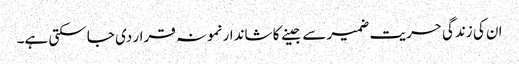
ان کی زندگی حریت ضمیر سے جینے کا شاندار نمونہ قرار دی جا سکتی ہے۔